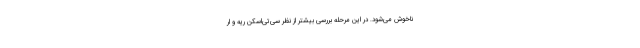
ناخوش می‌شود. در این مرحله بررسی بیشتر از نظر سی‌تی‌اسکن ریه و ار